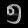
Digit: ၅